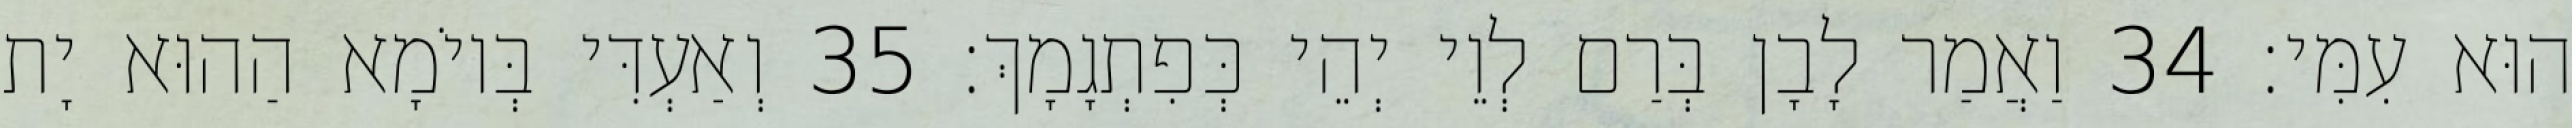
הוּא עִמִּי׃ 34 וַאֲמַר לָבָן בְּרַם לְוֵי יְהֵי כְּפִתְגָמָךְ׃ 35 וְאַעְדִּי בְּיוֹמָא הַהוּא יָת